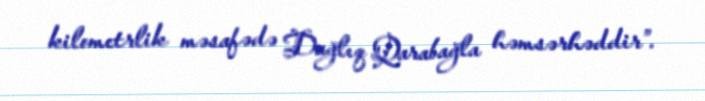
kilometrlik məsafədə Dağlıq Qarabağla həmsərhəddir”.